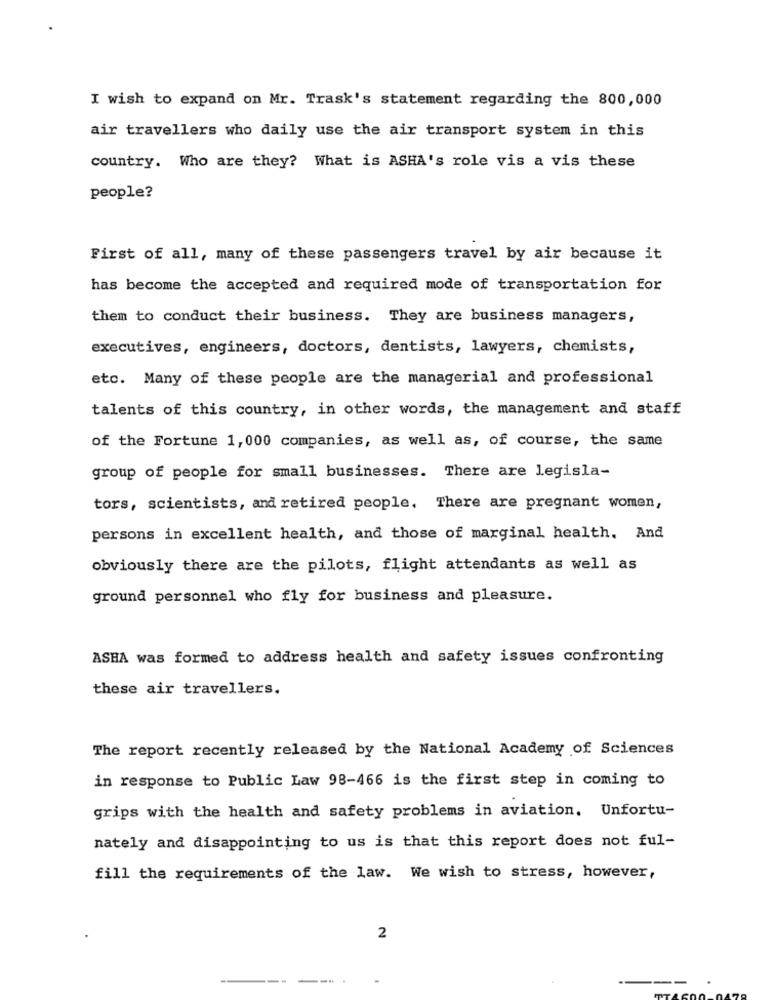
I wish to expand on Mr. Trask's statement regarding the 800,000
air travellers who daily use the air transport system in this
country. Who are they? What is ASHA's role vis a vis these
people?
First of all, many of these passengers travel by air because it
has become the accepted and required mode of transportation for
them to conduct their business. They are business managers,
executives, engineers, doctors, dentists, lawyers, chemists,
etc. Many of these people are the managerial and professional
talents of this country, in other words, the management and staff
of the Fortune 1, 000 companies, as well as, of course, the same
group of people for small businesses. There are legisla-
tors, scientists, and retired people, There are pregnant women,
persons in excellent health, and those of marginal health. And
obviously there are the pilots, flight attendants as well as
ground personnel who fly for business and pleasure.
ASHA was formed to address health and safety issues confronting
these air travellers.
The report recently released by the National Academy of Sciences
in response to Public Law 98-466 is the first step in coming to
grips with the health and safety problems in aviation. Unfortu-
nately and disappointing to us is that this report does not ful-
fill the requirements of the law. We wish to stress, however,
2